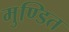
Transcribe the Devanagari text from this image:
मुण्डित